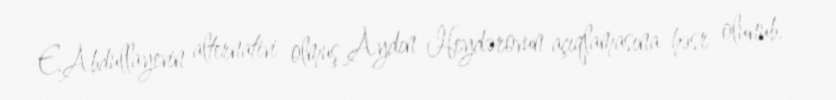
E.Abdullayevin alternativi olmuş Aydın Heydərovun açıqlamasına həsr olunub.